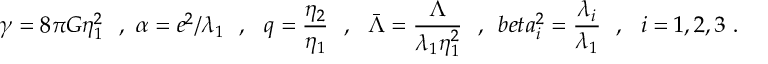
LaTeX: \gamma = 8 \pi G \eta _ { 1 } ^ { 2 } \ \ , \ \alpha = e ^ { 2 } / \lambda _ { 1 } \ \ , \ \ q = \frac { \eta _ { 2 } } { \eta _ { 1 } } \ \ , \ \ { \bar { \Lambda } } = \frac \Lambda { \lambda _ { 1 } \eta _ { 1 } ^ { 2 } } \ \ , \ \, b e t a _ { i } ^ { 2 } = \frac { \lambda _ { i } } { \lambda _ { 1 } } \ \ , \ \ i = 1 , 2 , 3 \ .